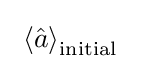
~{\left\langle {\hat {a}}\right\rangle _{\rm {initial}}}~